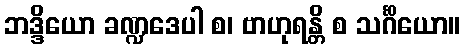
ဘဒ္ဒိယော ခဏ္ဍဒေပါ စ၊ ဗာဟုရန္တိ စ သင်္ဂိယော။